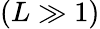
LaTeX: (L\gg 1)